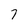
Character: 7